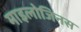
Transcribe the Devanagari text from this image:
माइलोजिनस